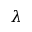
\lambda